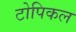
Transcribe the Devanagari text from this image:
टोपिकल